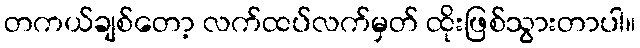
တကယ်ချစ်တော့ လက်ထပ်လက်မှတ် ထိုးဖြစ်သွားတာပါ။